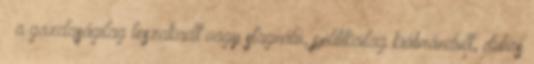
– a gazdaságilag leszakadt vagy stagnáló, politikailag kiábrándult, dühös